Subject: stat
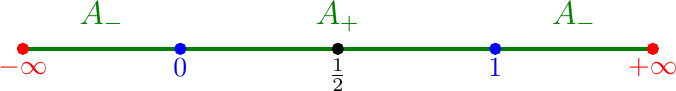
LaTeX code:
\begin{tikzpicture}
\draw[green!50!black, ultra thick] (-4,0) -- node[above=2pt]{\begin{large}$A_-$\end{large}} (-2,0);
\draw[green!50!black, ultra thick] (-2,0) -- node[above=2pt]{\begin{large}$A_+$\end{large}} (2,0);
\draw[green!50!black, ultra thick] (2,0) -- node[above=2pt]{\begin{large}$A_-$\end{large}} (4,0);
\filldraw [red] (-4,0) circle (2pt) node[anchor=north]{$-\infty$};
\filldraw [red] (4,0) circle (2pt) node[anchor=north]{$+\infty$};
\filldraw [blue] (-2,0) circle (2pt) node[anchor=north]{$0$};
\filldraw [blue] (2,0) circle (2pt) node[anchor=north]{$1$};
\filldraw [black] (0,0) circle (2pt) node[anchor=north]{$\frac{1}{2}$};
\end{tikzpicture}